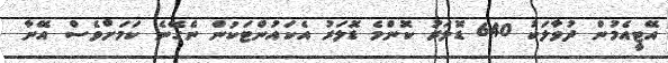
އޭޓީއެމުން ދުވާލަކު 640 ޑޮލަރު ކޮންމެ ޑޮލަރު އެކައުންޓަކުން ނެގޭނެ ކަމަށްވެސް އޭނާ